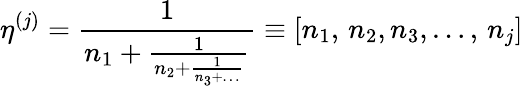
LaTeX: \eta^{(j)}=\frac{1}{n_{1}+\frac{1}{n_{2}+\frac{1}{n_{3}+\ldots}}}\equiv[n_{1},\, n_{2},n_{3},\ldots,\, n_{j}]